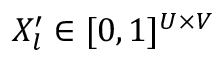
X _ { l } ^ { \prime } \in [ 0 , 1 ] ^ { U \times V }